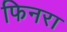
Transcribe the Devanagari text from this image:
फिनरा